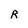
Character: R